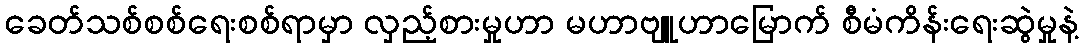
ခေတ်သစ်စစ်ရေးစစ်ရာမှာ လှည့်စားမှုဟာ မဟာဗျူဟာမြောက် စီမံကိန်းရေးဆွဲမှုနဲ့